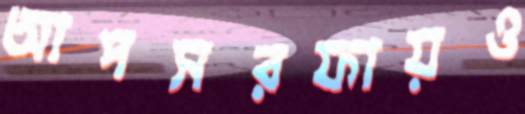
আপসরফায়ও